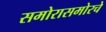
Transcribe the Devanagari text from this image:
समोरासमोरचे